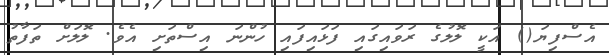
އެސްފިޔަ() އަކީ ލޮލުގެ ރަވައިގައި ފަޅައިފައި ހުންނަ އިސްތަށި އެވެ. ލޮލަށް ތަފާތު